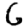
Digit: 6